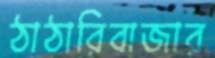
ঠাঠারিবাজার